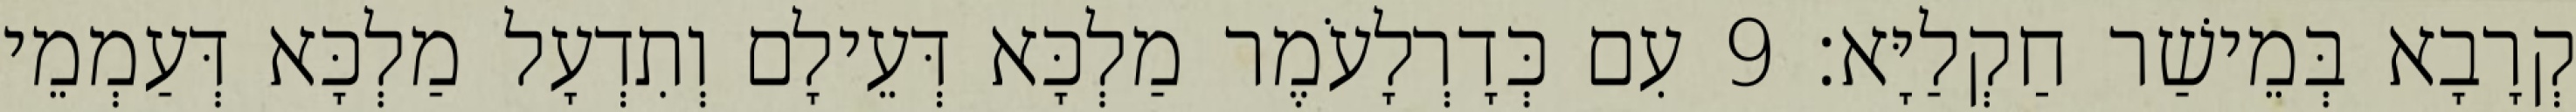
קְרָבָא בְּמֵישַׁר חַקְלַיָּא׃ 9 עִם כְּדָרְלָעֹמֶר מַלְכָּא דְּעֵילָם וְתִדְעָל מַלְכָּא דְּעַמְמֵי